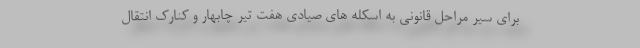
برای سیر مراحل قانونی به اسکله های صیادی هفت تیر چابهار و کنارک انتقال